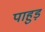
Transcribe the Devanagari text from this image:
पाहुड़